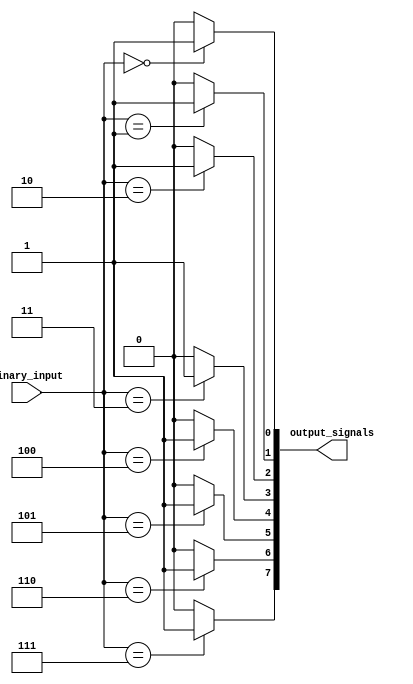
module Decoder(
    input [N-1:0] binary_input,
    output [M-1:0] output_signals
);

    parameter N = 3; // Number of bits in the input
    parameter M = 8; // Number of possible output signals
    
    wire [M-1:0] temp_output;

    assign temp_output[0] = (binary_input == 3'b000) ? 1 : 0;
    assign temp_output[1] = (binary_input == 3'b001) ? 1 : 0;
    assign temp_output[2] = (binary_input == 3'b010) ? 1 : 0;
    assign temp_output[3] = (binary_input == 3'b011) ? 1 : 0;
    assign temp_output[4] = (binary_input == 3'b100) ? 1 : 0;
    assign temp_output[5] = (binary_input == 3'b101) ? 1 : 0;
    assign temp_output[6] = (binary_input == 3'b110) ? 1 : 0;
    assign temp_output[7] = (binary_input == 3'b111) ? 1 : 0;

    assign output_signals = temp_output;

endmodule